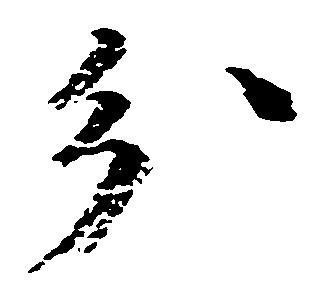
分